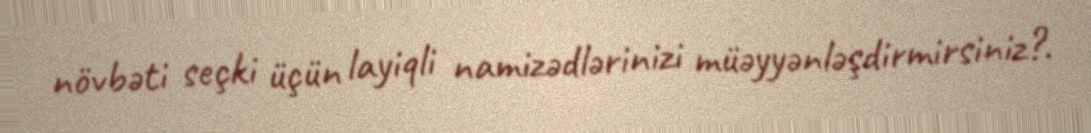
növbəti seçki üçün layiqli namizədlərinizi müəyyənləşdirmirsiniz?.